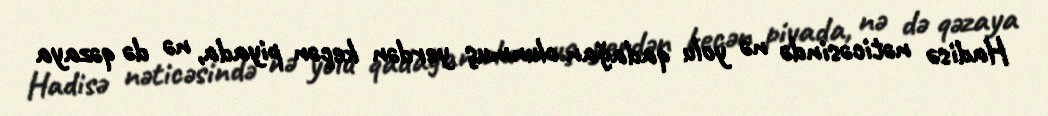
Hadisə nəticəsində nə yolu qadağan olunmuş yerdən keçən piyada, nə də qəzaya